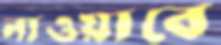
নাওয়াবে